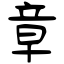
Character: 章